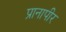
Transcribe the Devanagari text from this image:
प्रानापीर